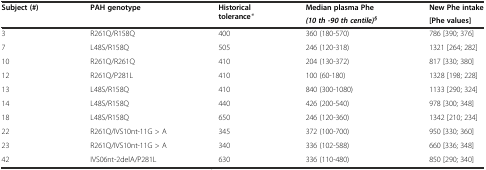
| <ROWSPAN=2> Subject (#) | <ROWSPAN=2> PAH genotype | <ROWSPAN=2> Historical tolerance* | Median plasma Phe | New Phe intake |
 | (10 th -90 th centile)§ | [Phe values] |
 | --- | --- | --- | --- | --- |
 | 3 | R261Q/R158Q | 400 | 360 (180-570) | 786 [390; 376] |
 | 7 | L48S/R158Q | 505 | 246 (120-318) | 1321 [264; 282] |
 | 10 | R261Q/R261Q | 410 | 204 (130-372) | 817 [330; 380] |
 | 12 | R261Q/P281L | 410 | 100 (60-180) | 1328 [198; 228] |
 | 13 | L48S/R158Q | 410 | 840 (300-1080) | 1133 [290; 324] |
 | 14 | L48S/R158Q | 440 | 426 (200-540) | 978 [300; 348] |
 | 18 | L48S/R158Q | 650 | 246 (120-360) | 1342 [210; 234] |
 | 22 | R261Q/IVS10nt-11G > A | 345 | 372 (100-700) | 950 [330; 360] |
 | 23 | R261Q/IVS10nt-11G > A | 340 | 336 (102-588) | 660 [336; 348] |
 | 42 | IVS06nt-2delA/P281L | 630 | 336 (110-480) | 850 [290; 340] |